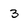
Character: 3